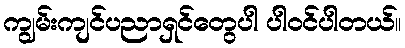
ကျွမ်းကျင်ပညာရှင်တွေပါ ပါဝင်ပါတယ်။